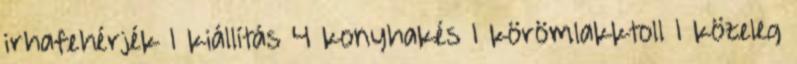
irhafehérjék 1 kiállítás 4 konyhakés 1 körömlakktoll 1 közeleg